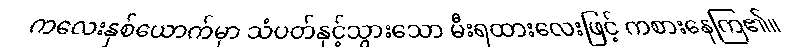
ကလေးနှစ်ယောက်မှာ သံပတ်နှင့်သွားသော မီးရထားလေးဖြင့် ကစားနေကြ၏။